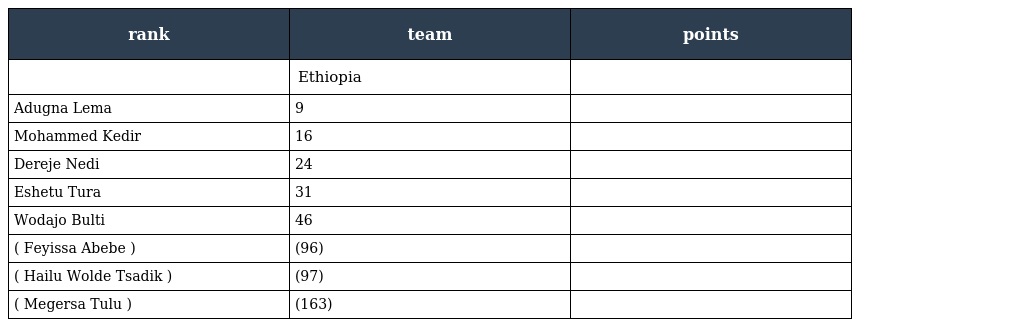
| rank | team | points |
 | --- | --- | --- |
 |  | Ethiopia |  |
 | Adugna Lema | 9 |  |
 | Mohammed Kedir | 16 |  |
 | Dereje Nedi | 24 |  |
 | Eshetu Tura | 31 |  |
 | Wodajo Bulti | 46 |  |
 | ( Feyissa Abebe ) | (96) |  |
 | ( Hailu Wolde Tsadik ) | (97) |  |
 | ( Megersa Tulu ) | (163) |  |